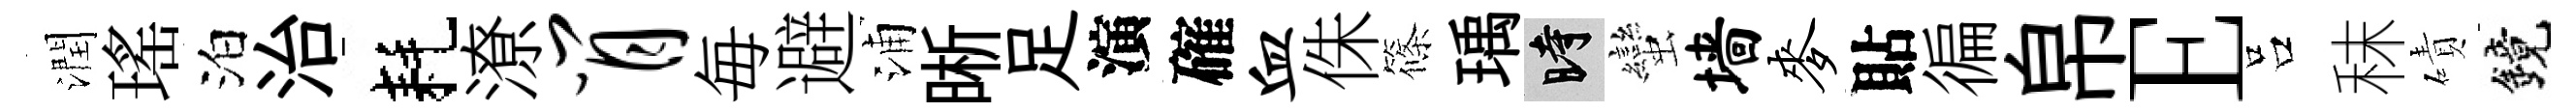
潤瑤泊治耗潦肖毎避浦晰足演確血侏篠瑀时蠻墙麦貼徧帛E吕秣磧鏡